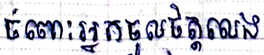
ចំពោះអ្នកចូលចិត្តលេង